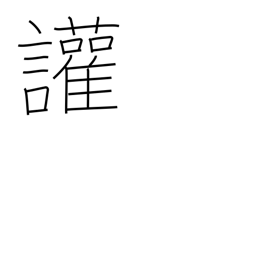
Meaning: disputatious